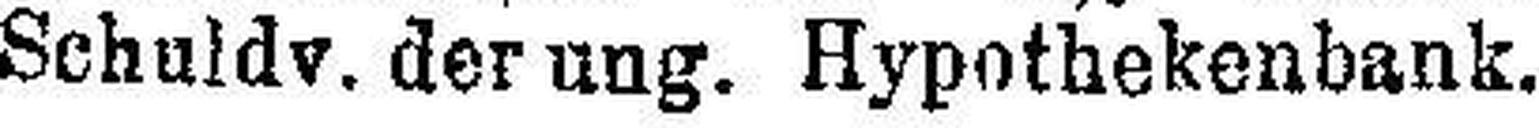
Schuldv. der ung. Hypothekenbank...